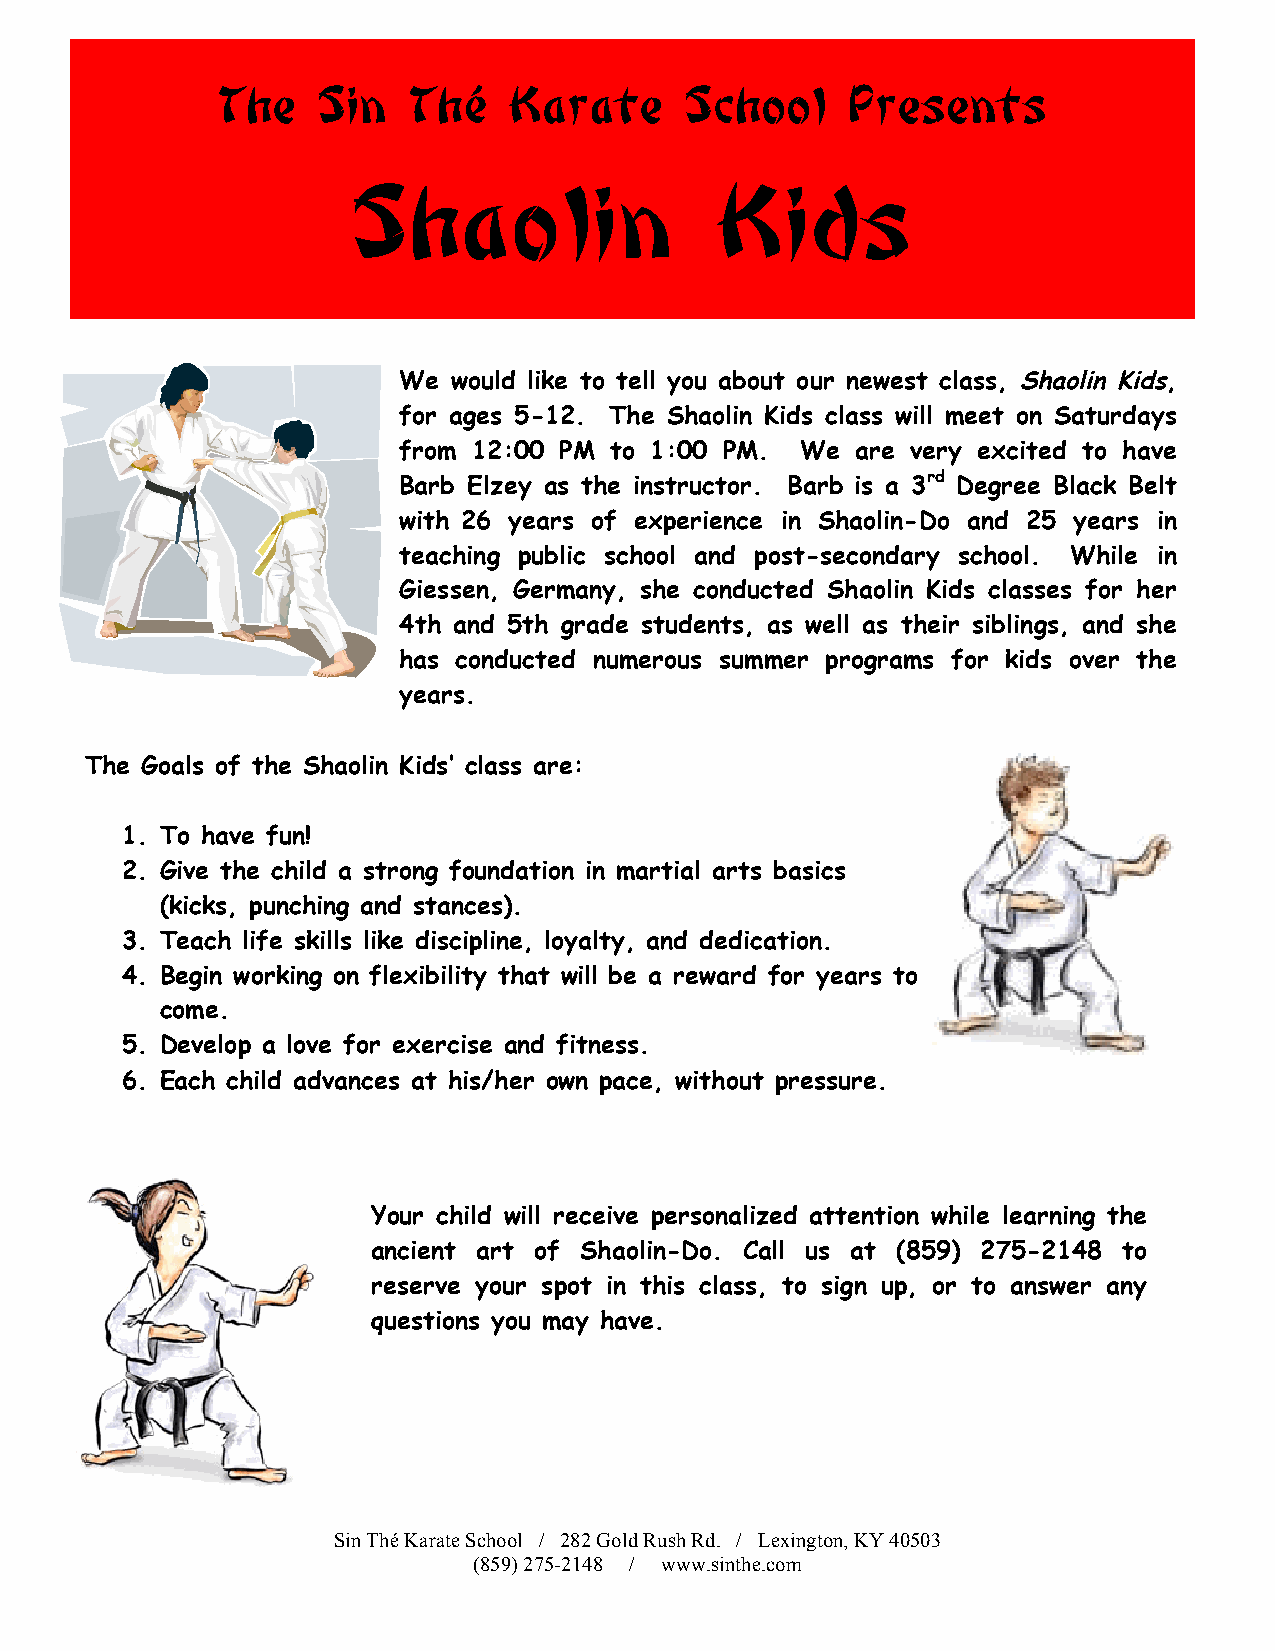
The    Sin   Thé    Karate     School     Presents
 S   h   a  o  l i n     K    i d  s
 We  would like to tell you about our newest class, Shaolin Kids,
 for ages 5-12. The Shaolin Kids class will meet on Saturdays
 from 12:00 PM to 1:00 PM.  We  are very excited to have
 Barb Elzey as the instructor. Barb is a 3rd Degree Black Belt
 with 26 years of experience in Shaolin-Do and 25 years in
 teaching public school and post-secondary school. While in
 Giessen, Germany, she conducted Shaolin Kids classes for her
 4th and 5th grade students, as well as their siblings, and she
 has conducted numerous summer programs for kids over the
 years.
 The Goals of the Shaolin Kids’ class are:
 1. To have fun!
 2. Give the child a strong foundation in martial arts basics
 (kicks, punching and stances).
 3. Teach life skills like discipline, loyalty, and dedication.
 4. Begin working on flexibility that will be a reward for years to
 come.
 5. Develop a love for exercise and fitness.
 6. Each child advances at his/her own pace, without pressure.
 Your child will receive personalized attention while learning the
 ancient art of Shaolin-Do. Call us at (859) 275-2148 to
 reserve your spot in this class, to sign up, or to answer any
 questions you may have.
 Sin Thé Karate School / 282 Gold Rush Rd. / Lexington, KY 40503
 (859) 275-2148 / www.sinthe.com